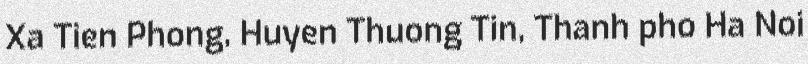
Xa Tien Phong, Huyen Thuong Tin, Thanh pho Ha Noi